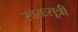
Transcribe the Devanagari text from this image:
स्वतःसूत्री